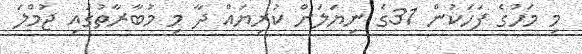
މި މަހުގެ ފަހަކުން 31ގެ ނިޔަލަށް ކުރިޔައް ދާ މި މުބާރާތުގައި ޖުމްލަ